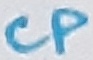
Text: CP